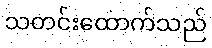
သတင်းထောက်သည်